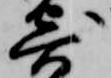
寄